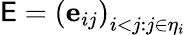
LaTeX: \mathsf{E}=\left(\mathbf{{e}}_{ij}\right)_{i<j:j\in\eta_{i}}